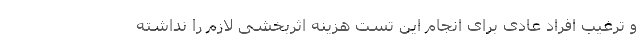
و ترغیب افراد عادی برای انجام این تست هزینه اثربخشی لازم را نداشته